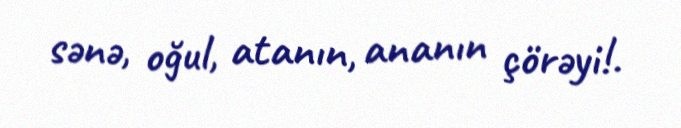
sənə, oğul, atanın, ananın çörəyi!.